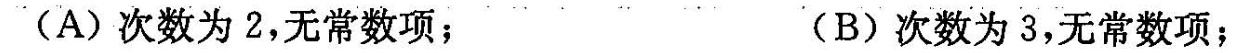
(A)次数为2，无常数项；(B)次数为3，无常数项；